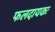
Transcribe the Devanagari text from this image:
फलदायकः